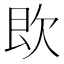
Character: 𣢣